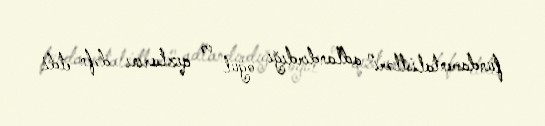
fundamentalistləri" adlandırdığı oğul və qızlarını dəfn etdi.